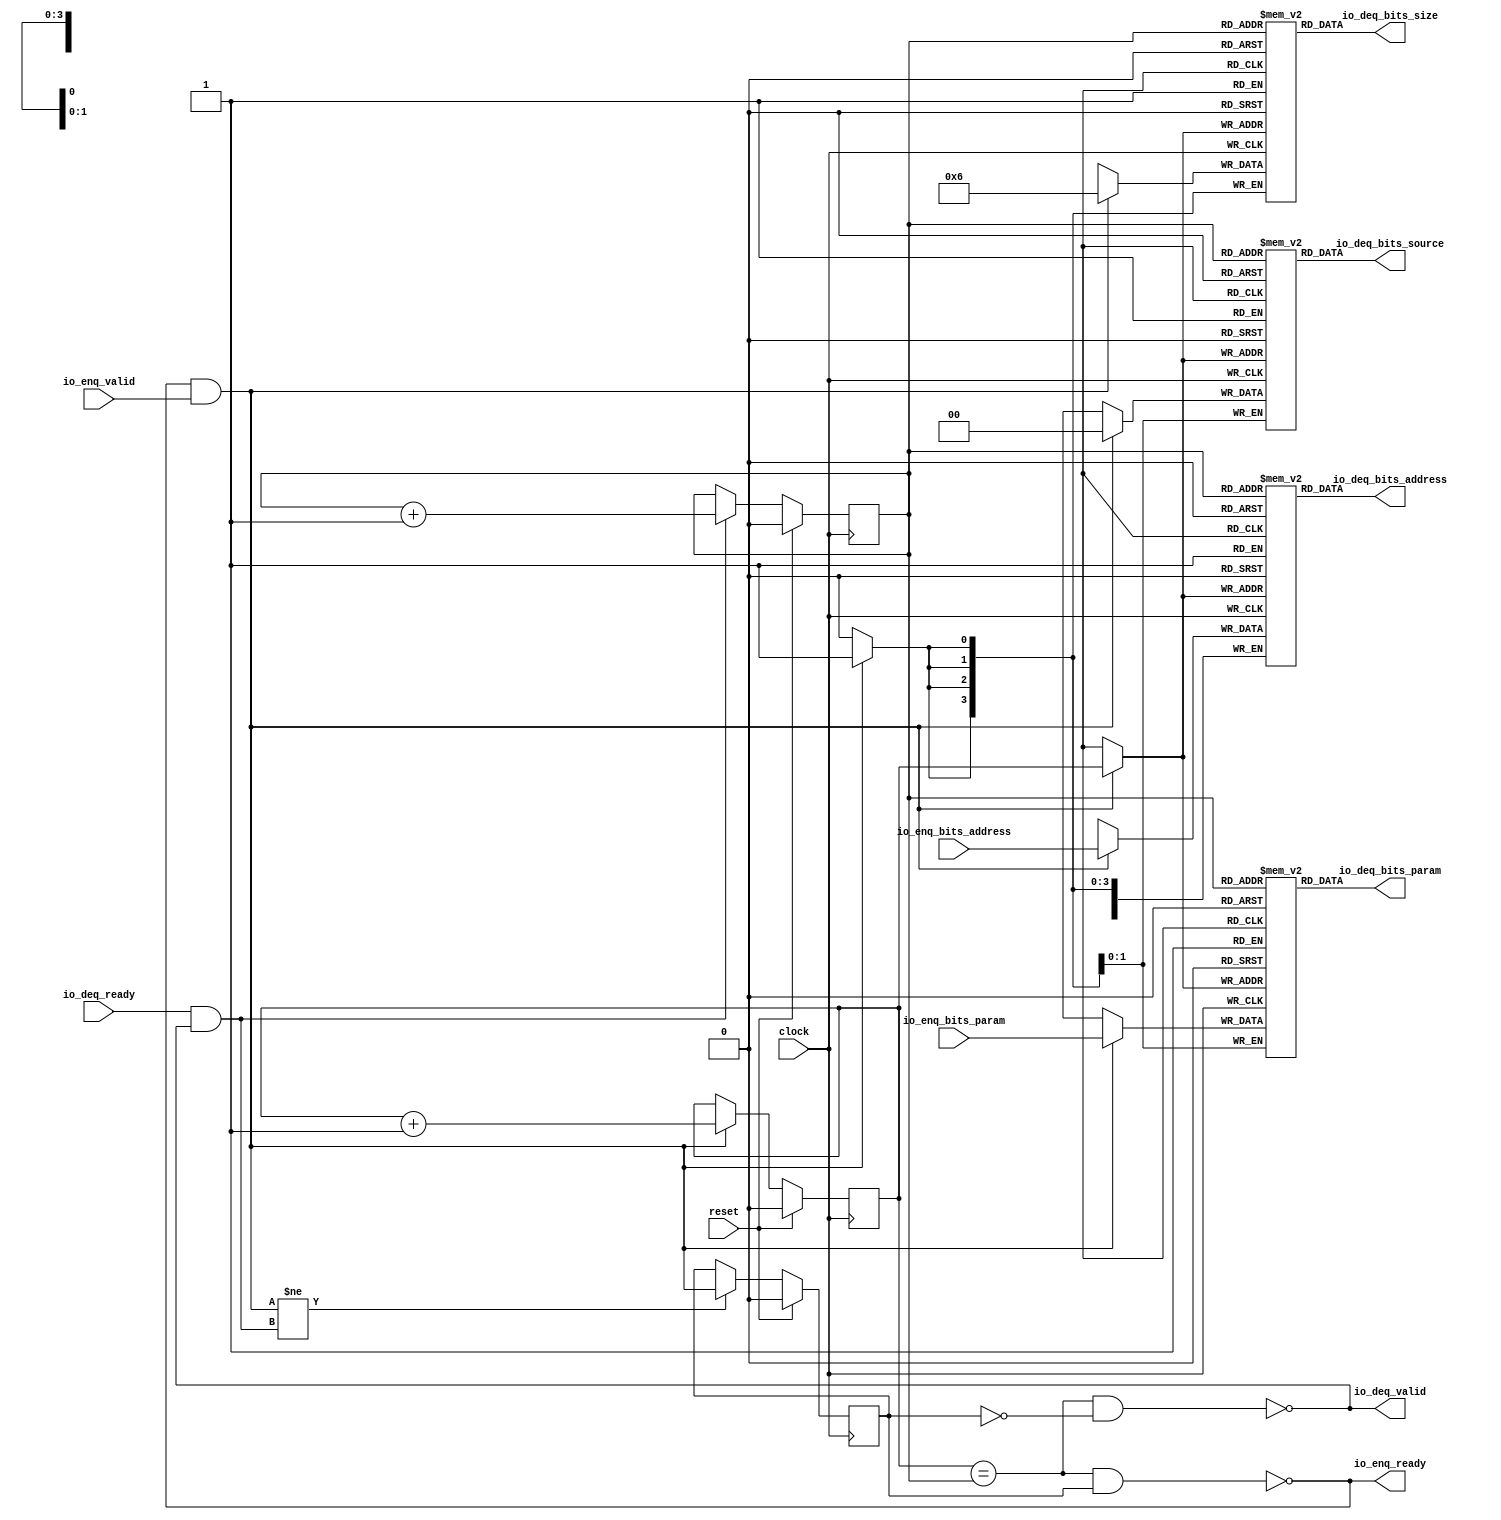
module Queue_34(
  input         clock,
  input         reset,
  output        io_enq_ready,
  input         io_enq_valid,
  input  [1:0]  io_enq_bits_param,
  input  [31:0] io_enq_bits_address,
  input         io_deq_ready,
  output        io_deq_valid,
  output [1:0]  io_deq_bits_param,
  output [3:0]  io_deq_bits_size,
  output [1:0]  io_deq_bits_source,
  output [31:0] io_deq_bits_address
);
`ifdef RANDOMIZE_MEM_INIT
  reg [31:0] _RAND_0;
  reg [31:0] _RAND_1;
  reg [31:0] _RAND_2;
  reg [31:0] _RAND_3;
`endif // RANDOMIZE_MEM_INIT
`ifdef RANDOMIZE_REG_INIT
  reg [31:0] _RAND_4;
  reg [31:0] _RAND_5;
  reg [31:0] _RAND_6;
`endif // RANDOMIZE_REG_INIT
  reg [1:0] ram_param [0:1]; // @[Decoupled.scala 218:16]
  wire [1:0] ram_param_io_deq_bits_MPORT_data; // @[Decoupled.scala 218:16]
  wire  ram_param_io_deq_bits_MPORT_addr; // @[Decoupled.scala 218:16]
  wire [1:0] ram_param_MPORT_data; // @[Decoupled.scala 218:16]
  wire  ram_param_MPORT_addr; // @[Decoupled.scala 218:16]
  wire  ram_param_MPORT_mask; // @[Decoupled.scala 218:16]
  wire  ram_param_MPORT_en; // @[Decoupled.scala 218:16]
  reg [3:0] ram_size [0:1]; // @[Decoupled.scala 218:16]
  wire [3:0] ram_size_io_deq_bits_MPORT_data; // @[Decoupled.scala 218:16]
  wire  ram_size_io_deq_bits_MPORT_addr; // @[Decoupled.scala 218:16]
  wire [3:0] ram_size_MPORT_data; // @[Decoupled.scala 218:16]
  wire  ram_size_MPORT_addr; // @[Decoupled.scala 218:16]
  wire  ram_size_MPORT_mask; // @[Decoupled.scala 218:16]
  wire  ram_size_MPORT_en; // @[Decoupled.scala 218:16]
  reg [1:0] ram_source [0:1]; // @[Decoupled.scala 218:16]
  wire [1:0] ram_source_io_deq_bits_MPORT_data; // @[Decoupled.scala 218:16]
  wire  ram_source_io_deq_bits_MPORT_addr; // @[Decoupled.scala 218:16]
  wire [1:0] ram_source_MPORT_data; // @[Decoupled.scala 218:16]
  wire  ram_source_MPORT_addr; // @[Decoupled.scala 218:16]
  wire  ram_source_MPORT_mask; // @[Decoupled.scala 218:16]
  wire  ram_source_MPORT_en; // @[Decoupled.scala 218:16]
  reg [31:0] ram_address [0:1]; // @[Decoupled.scala 218:16]
  wire [31:0] ram_address_io_deq_bits_MPORT_data; // @[Decoupled.scala 218:16]
  wire  ram_address_io_deq_bits_MPORT_addr; // @[Decoupled.scala 218:16]
  wire [31:0] ram_address_MPORT_data; // @[Decoupled.scala 218:16]
  wire  ram_address_MPORT_addr; // @[Decoupled.scala 218:16]
  wire  ram_address_MPORT_mask; // @[Decoupled.scala 218:16]
  wire  ram_address_MPORT_en; // @[Decoupled.scala 218:16]
  reg  value; // @[Counter.scala 60:40]
  reg  value_1; // @[Counter.scala 60:40]
  reg  maybe_full; // @[Decoupled.scala 221:27]
  wire  ptr_match = value == value_1; // @[Decoupled.scala 223:33]
  wire  empty = ptr_match & (~maybe_full); // @[Decoupled.scala 224:25]
  wire  full = ptr_match & maybe_full; // @[Decoupled.scala 225:24]
  wire  do_enq = io_enq_ready & io_enq_valid; // @[Decoupled.scala 40:37]
  wire  do_deq = io_deq_ready & io_deq_valid; // @[Decoupled.scala 40:37]
  wire  _value_T_1 = value + 1'h1; // @[Counter.scala 76:24]
  wire  _value_1_T_1 = value_1 + 1'h1; // @[Counter.scala 76:24]
  wire  _T = do_enq != do_deq; // @[Decoupled.scala 236:16]
  assign ram_param_io_deq_bits_MPORT_addr = value_1;
  assign ram_param_io_deq_bits_MPORT_data = ram_param[ram_param_io_deq_bits_MPORT_addr]; // @[Decoupled.scala 218:16]
  assign ram_param_MPORT_data = io_enq_bits_param;
  assign ram_param_MPORT_addr = value;
  assign ram_param_MPORT_mask = 1'h1;
  assign ram_param_MPORT_en = io_enq_ready & io_enq_valid;
  assign ram_size_io_deq_bits_MPORT_addr = value_1;
  assign ram_size_io_deq_bits_MPORT_data = ram_size[ram_size_io_deq_bits_MPORT_addr]; // @[Decoupled.scala 218:16]
  assign ram_size_MPORT_data = 4'h6;
  assign ram_size_MPORT_addr = value;
  assign ram_size_MPORT_mask = 1'h1;
  assign ram_size_MPORT_en = io_enq_ready & io_enq_valid;
  assign ram_source_io_deq_bits_MPORT_addr = value_1;
  assign ram_source_io_deq_bits_MPORT_data = ram_source[ram_source_io_deq_bits_MPORT_addr]; // @[Decoupled.scala 218:16]
  assign ram_source_MPORT_data = 2'h0;
  assign ram_source_MPORT_addr = value;
  assign ram_source_MPORT_mask = 1'h1;
  assign ram_source_MPORT_en = io_enq_ready & io_enq_valid;
  assign ram_address_io_deq_bits_MPORT_addr = value_1;
  assign ram_address_io_deq_bits_MPORT_data = ram_address[ram_address_io_deq_bits_MPORT_addr]; // @[Decoupled.scala 218:16]
  assign ram_address_MPORT_data = io_enq_bits_address;
  assign ram_address_MPORT_addr = value;
  assign ram_address_MPORT_mask = 1'h1;
  assign ram_address_MPORT_en = io_enq_ready & io_enq_valid;
  assign io_enq_ready = ~full; // @[Decoupled.scala 241:19]
  assign io_deq_valid = ~empty; // @[Decoupled.scala 240:19]
  assign io_deq_bits_param = ram_param_io_deq_bits_MPORT_data; // @[Decoupled.scala 242:15]
  assign io_deq_bits_size = ram_size_io_deq_bits_MPORT_data; // @[Decoupled.scala 242:15]
  assign io_deq_bits_source = ram_source_io_deq_bits_MPORT_data; // @[Decoupled.scala 242:15]
  assign io_deq_bits_address = ram_address_io_deq_bits_MPORT_data; // @[Decoupled.scala 242:15]
  always @(posedge clock) begin
    if(ram_param_MPORT_en & ram_param_MPORT_mask) begin
      ram_param[ram_param_MPORT_addr] <= ram_param_MPORT_data; // @[Decoupled.scala 218:16]
    end
    if(ram_size_MPORT_en & ram_size_MPORT_mask) begin
      ram_size[ram_size_MPORT_addr] <= ram_size_MPORT_data; // @[Decoupled.scala 218:16]
    end
    if(ram_source_MPORT_en & ram_source_MPORT_mask) begin
      ram_source[ram_source_MPORT_addr] <= ram_source_MPORT_data; // @[Decoupled.scala 218:16]
    end
    if(ram_address_MPORT_en & ram_address_MPORT_mask) begin
      ram_address[ram_address_MPORT_addr] <= ram_address_MPORT_data; // @[Decoupled.scala 218:16]
    end
    if (reset) begin // @[Counter.scala 60:40]
      value <= 1'h0; // @[Counter.scala 60:40]
    end else if (do_enq) begin // @[Decoupled.scala 229:17]
      value <= _value_T_1; // @[Counter.scala 76:15]
    end
    if (reset) begin // @[Counter.scala 60:40]
      value_1 <= 1'h0; // @[Counter.scala 60:40]
    end else if (do_deq) begin // @[Decoupled.scala 233:17]
      value_1 <= _value_1_T_1; // @[Counter.scala 76:15]
    end
    if (reset) begin // @[Decoupled.scala 221:27]
      maybe_full <= 1'h0; // @[Decoupled.scala 221:27]
    end else if (_T) begin // @[Decoupled.scala 236:28]
      maybe_full <= do_enq; // @[Decoupled.scala 237:16]
    end
  end
// Register and memory initialization
`ifdef RANDOMIZE_GARBAGE_ASSIGN
`define RANDOMIZE
`endif
`ifdef RANDOMIZE_INVALID_ASSIGN
`define RANDOMIZE
`endif
`ifdef RANDOMIZE_REG_INIT
`define RANDOMIZE
`endif
`ifdef RANDOMIZE_MEM_INIT
`define RANDOMIZE
`endif
`ifndef RANDOM
`define RANDOM $random
`endif
`ifdef RANDOMIZE_MEM_INIT
  integer initvar;
`endif
`ifndef SYNTHESIS
`ifdef FIRRTL_BEFORE_INITIAL
`FIRRTL_BEFORE_INITIAL
`endif
initial begin
  `ifdef RANDOMIZE
    `ifdef INIT_RANDOM
      `INIT_RANDOM
    `endif
    `ifndef VERILATOR
      `ifdef RANDOMIZE_DELAY
        #`RANDOMIZE_DELAY begin end
      `else
        #0.002 begin end
      `endif
    `endif
`ifdef RANDOMIZE_MEM_INIT
  _RAND_0 = {1{`RANDOM}};
  for (initvar = 0; initvar < 2; initvar = initvar+1)
    ram_param[initvar] = _RAND_0[1:0];
  _RAND_1 = {1{`RANDOM}};
  for (initvar = 0; initvar < 2; initvar = initvar+1)
    ram_size[initvar] = _RAND_1[3:0];
  _RAND_2 = {1{`RANDOM}};
  for (initvar = 0; initvar < 2; initvar = initvar+1)
    ram_source[initvar] = _RAND_2[1:0];
  _RAND_3 = {1{`RANDOM}};
  for (initvar = 0; initvar < 2; initvar = initvar+1)
    ram_address[initvar] = _RAND_3[31:0];
`endif // RANDOMIZE_MEM_INIT
`ifdef RANDOMIZE_REG_INIT
  _RAND_4 = {1{`RANDOM}};
  value = _RAND_4[0:0];
  _RAND_5 = {1{`RANDOM}};
  value_1 = _RAND_5[0:0];
  _RAND_6 = {1{`RANDOM}};
  maybe_full = _RAND_6[0:0];
`endif // RANDOMIZE_REG_INIT
  `endif // RANDOMIZE
end // initial
`ifdef FIRRTL_AFTER_INITIAL
`FIRRTL_AFTER_INITIAL
`endif
`endif // SYNTHESIS
endmodule